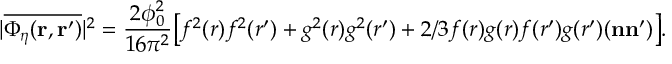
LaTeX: | \overline { { { \Phi _ { \eta } ( { \bf r } , { \bf r } ^ { \prime } ) } } } | ^ { 2 } = \frac { 2 \phi _ { 0 } ^ { 2 } } { 1 6 \pi ^ { 2 } } \big [ f ^ { 2 } ( r ) f ^ { 2 } ( r ^ { \prime } ) + g ^ { 2 } ( r ) g ^ { 2 } ( r ^ { \prime } ) + 2 / 3 f ( r ) g ( r ) f ( r ^ { \prime } ) g ( r ^ { \prime } ) ( { \bf n } { \bf n } ^ { \prime } ) \big ] .